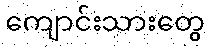
ကျောင်းသားတွေ